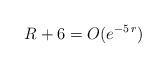
LaTeX: \begin{align*}R + 6 = O (e^{- 5 \, r})\end{align*}